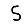
Digit: 5